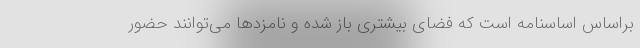
براساس اساسنامه است که فضای بیشتری باز شده و نامزدها می‌توانند حضور